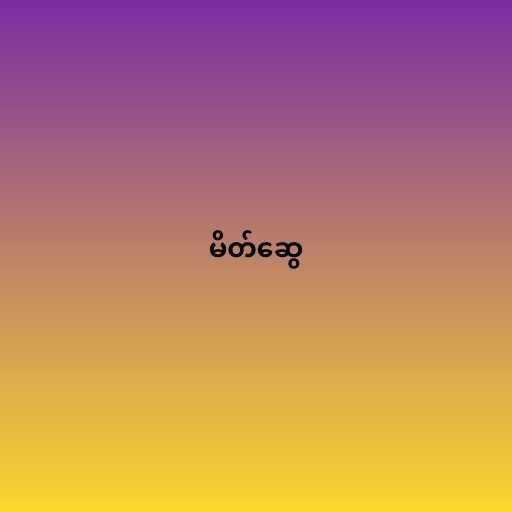
မိတ်ဆွေ